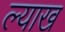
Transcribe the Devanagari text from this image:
ल्याख